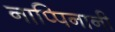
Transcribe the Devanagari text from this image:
नाप्पिनानी